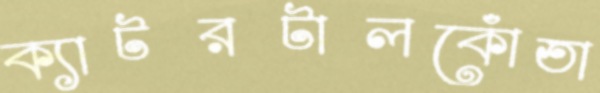
ক্যাটরটালকোঁতা